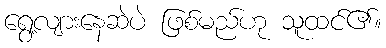
ရွေ့လျားနေဆဲပဲ ဖြစ်မည်ဟု သူထင်၏။